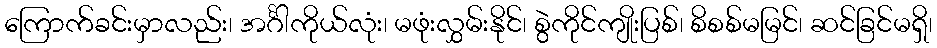
ကြောက်ခင်းမှာလည်း၊ အင်္ဂါကိုယ်လုံး၊ မဖုံးလွှမ်းနိုင်၊ စွဲကိုင်ကျိုးပြစ်၊ စိစစ်မမြင်၊ ဆင်ခြင်မရှိ၊